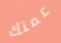
عمتك